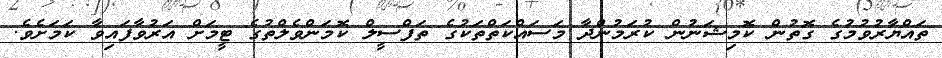
ތައްޔާރުވުމުގެ ގޮތުން ކޮމިޝަނުން ކުރަމުންދާ މަސައްކަތްތަަކުގެ ތަފްސީލް ކޮމަންވެލްތުގެ ޓީމަށް އަރުވާފައިވާ ކަަމަށެވެ.